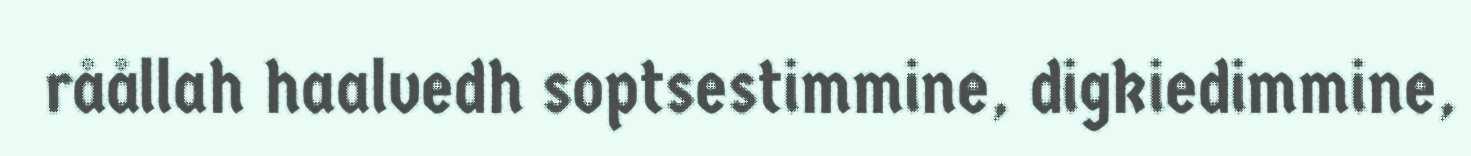
råållah haalvedh soptsestimmine, digkiedimmine,